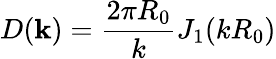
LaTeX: D(\mathbf{k})=\frac{2\pi R_{0}}{k}J_{1}(kR_{0})